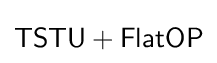
{\mathsf {TSTU+FlatOP}}